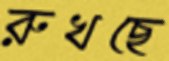
রুখছে